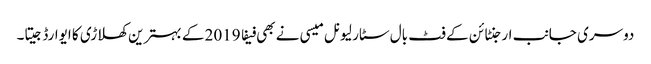
دوسری جانب ارجنٹائن کے فٹ بال سٹار لیونل میسی نے بھی فیفا 2019 کے بہترین کھلاڑی کا ایوارڈ جیتا۔